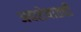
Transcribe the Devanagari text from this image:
अवशेषातही